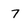
Character: 7